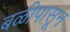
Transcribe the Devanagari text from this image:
बळीपासून